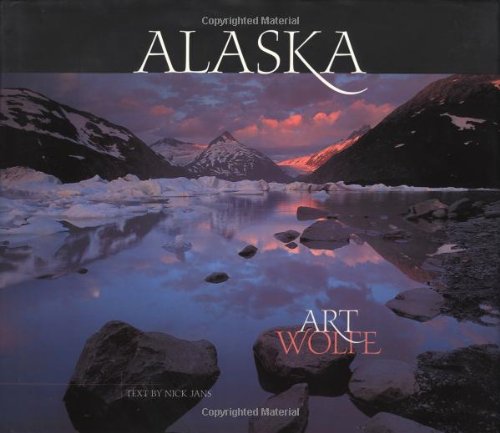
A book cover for Alaska; Art Wolfe; Travel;